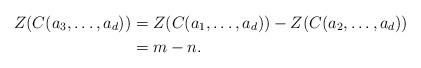
LaTeX: \begin{align*} Z(C(a_3,\ldots,a_d))&=Z(C(a_1,\ldots,a_d))-Z(C(a_2,\ldots,a_d))\\ &=m-n.\end{align*}